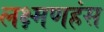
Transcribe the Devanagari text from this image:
लक्ष्मणहंस